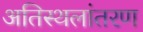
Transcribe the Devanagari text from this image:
अतिस्थलांतरण